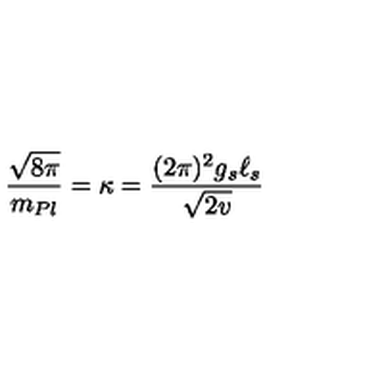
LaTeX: { \frac { \sqrt { 8 \pi } } { m _ { P l } } } = \kappa = { \frac { ( 2 \pi ) ^ { 2 } g _ { s } \ell _ { s } } { \sqrt { 2 v } } }